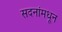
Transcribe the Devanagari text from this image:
सदनांमधून